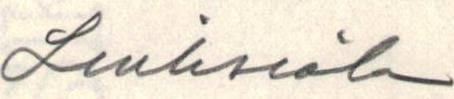
Liuksiala